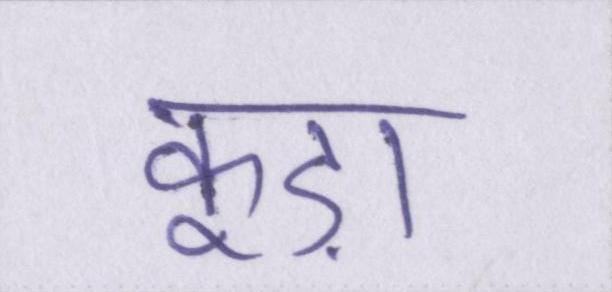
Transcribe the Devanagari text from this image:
कूड़ा